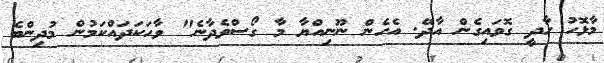
މާޅޮހު ހާދީ ގޮވައިގެން އާދޭ. އެހެން ނޫނިއްޔާ މާ ގޯސްވެދާނެ" ވާހަކަދައްކަމުން މުދިންބެ